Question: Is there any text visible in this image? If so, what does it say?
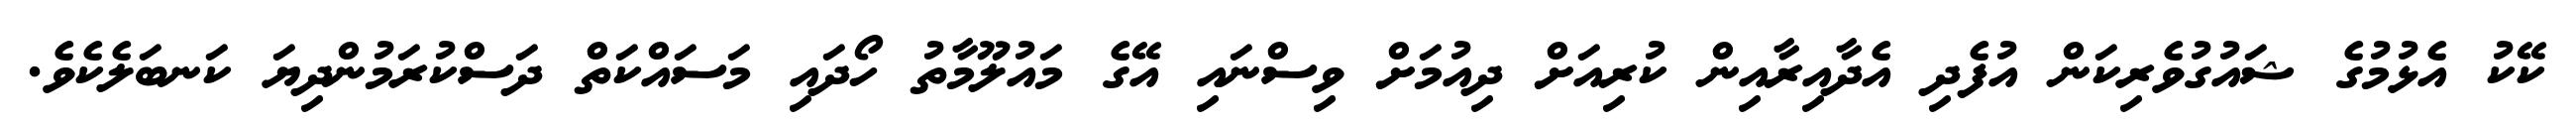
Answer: ކޭކު އެޅުމުގެ ޝައުގުވެރިކަން އުފެދި އެދާއިރާއިން ކުރިއަށް ދިއުމަށް ވިސްނައި އޭގެ މައުލޫމާތު ހޯދައި މަސައްކަތް ދަސްކުރަމުންދިޔަ ކަނބަލެކެވެ.